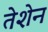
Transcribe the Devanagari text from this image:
तेशेन